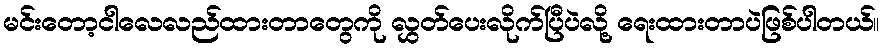
မင်းတော့ငါလေလည်ထားတာတွေကို လွှတ်ပေးလိုက်ပြီပဲလို့ ရေးထားတာပဲဖြစ်ပါတယ်။